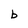
Character: b